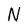
Character: N